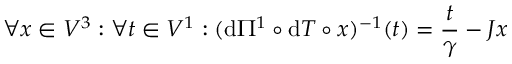
\forall x \in V ^ { 3 } : \forall t \in V ^ { 1 } : ( \mathrm d \Pi ^ { 1 } \circ \mathrm d T \circ x ) ^ { - 1 } ( t ) = \frac { t } { \gamma } - J x